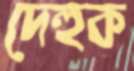
দেহুক